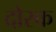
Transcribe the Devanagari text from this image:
दोरक